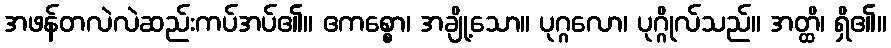
အဖန်တလဲလဲဆည်းကပ်အပ်၏။ ဧကစ္စော၊ အချို့သော။ ပုဂ္ဂလော၊ ပုဂ္ဂိုလ်သည်။ အတ္ထိ၊ ရှိ၏။